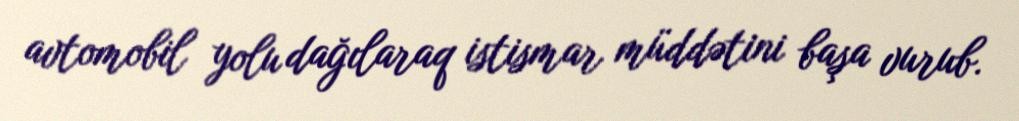
avtomobil yolu dağılaraq istismar müddətini başa vurub.